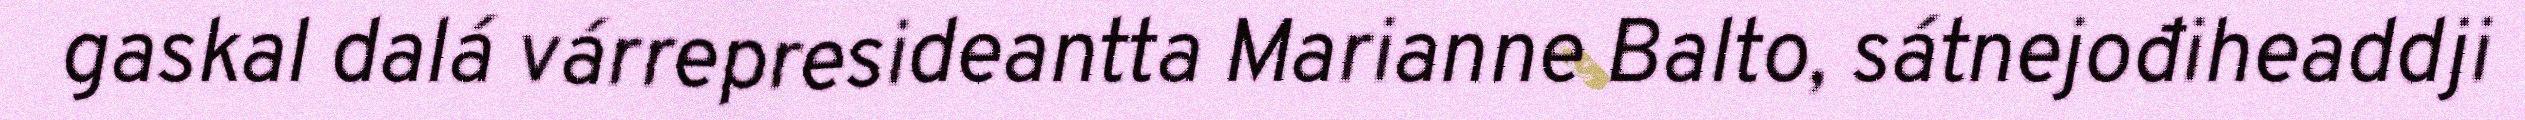
gaskal dalá várrepresideantta Marianne Balto, sátnejođiheaddji